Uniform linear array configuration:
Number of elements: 32
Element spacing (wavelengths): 0.75
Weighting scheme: kaiser
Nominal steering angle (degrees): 0
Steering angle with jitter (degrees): -0.7123
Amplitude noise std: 0.05
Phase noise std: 0.05

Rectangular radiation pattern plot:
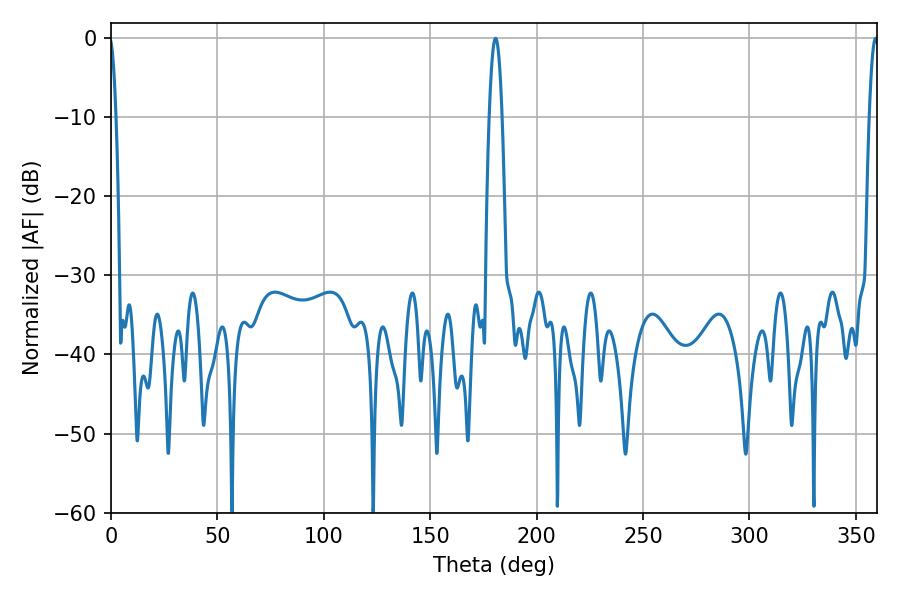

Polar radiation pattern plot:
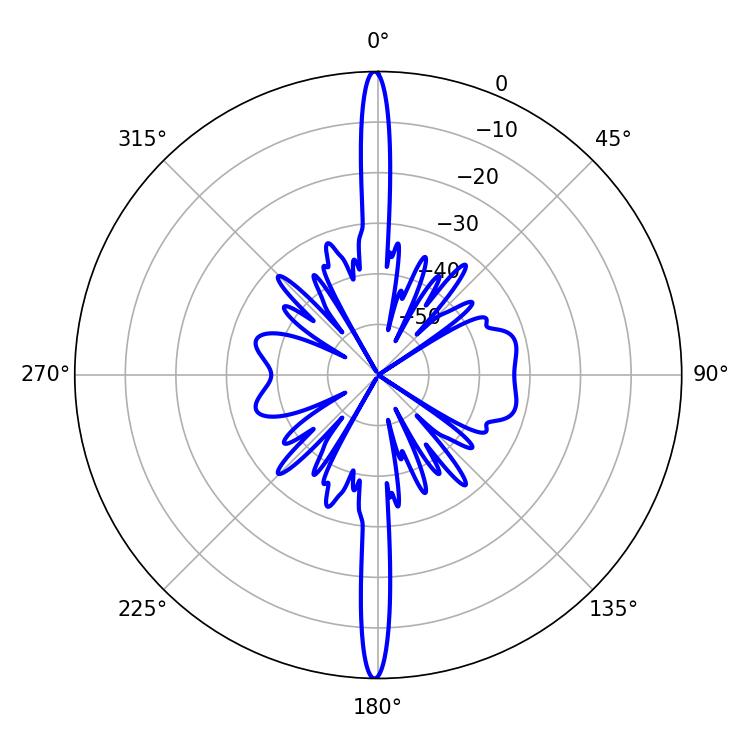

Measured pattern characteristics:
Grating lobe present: TRUE
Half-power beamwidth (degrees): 2.34
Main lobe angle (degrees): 359.28